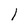
Character: l